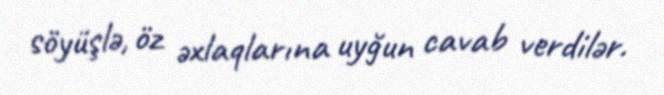
söyüşlə, öz əxlaqlarına uyğun cavab verdilər.